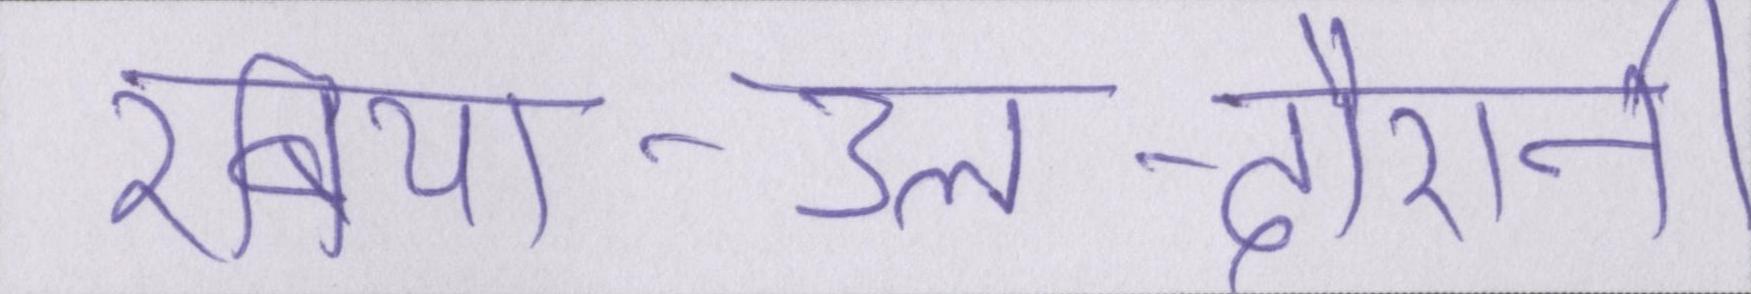
रबिया-उल-दौरानी